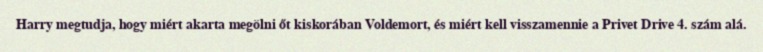
Harry megtudja, hogy miért akarta megölni őt kiskorában Voldemort, és miért kell visszamennie a Privet Drive 4. szám alá.